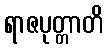
ရာဇပုတ္တာတိ